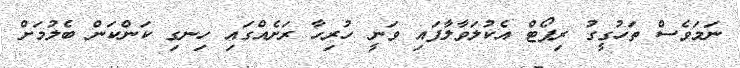
ނަމަވެސް ތަހުގީގު ރިޕޯޓް އެކުލަވާލާފައި ވަނީ ހުރިހާ ރަށެއްގައި ހިނގި ކަންކަން ބެލުމަށް